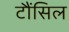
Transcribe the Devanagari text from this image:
टौंसिल